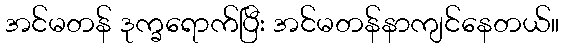
အင်မတန် ဒုက္ခရောက်ပြီး အင်မတန်နာကျင်နေတယ်။